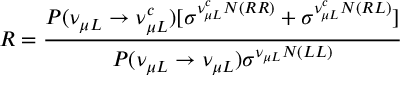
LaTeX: R = \frac { P ( \nu _ { \mu L } \rightarrow \nu _ { \mu L } ^ { c } ) [ \sigma ^ { \nu _ { \mu L } ^ { c } N ( R R ) } + \sigma ^ { \nu _ { \mu L } ^ { c } N ( R L ) } ] } { P ( \nu _ { \mu L } \rightarrow \nu _ { \mu L } ) \sigma ^ { \nu _ { \mu L } N ( L L ) } }